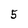
Character: 5